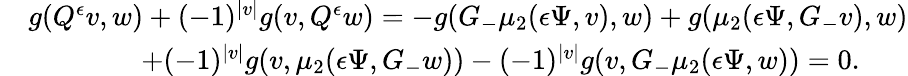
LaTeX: \begin{array}{rl}&{g(Q^{\epsilon}v,w)+(-1)^{|v|}g(v,Q^{\epsilon}w)=-g(G_{-}\mu_{2}({\epsilon}\Psi,v),w)+g(\mu_{2}({\epsilon}\Psi,G_{-}v),w)}\\ &{\qquad\qquad+(-1)^{|v|}g(v,\mu_{2}({\epsilon}\Psi,G_{-}w))-(-1)^{|v|}g(v,G_{-}\mu_{2}({\epsilon}\Psi,w))=0.}\end{array}